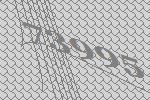
73995